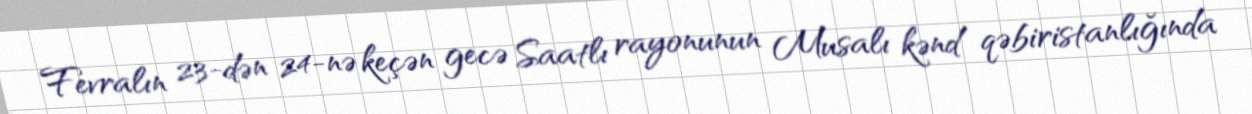
Fevralın 23-dən 24-nə keçən gecə Saatlı rayonunun Musalı kənd qəbiristanlığında